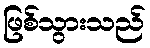
ဖြစ်သွားသည်